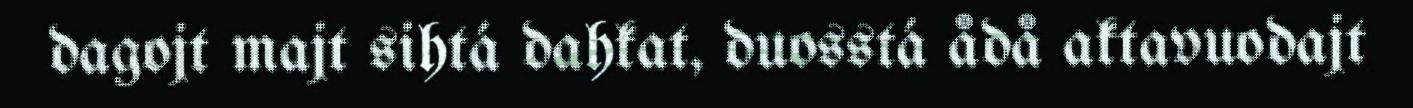
dagojt majt sihtá dahkat, duosstá ådå aktavuodajt